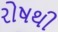
રોષથી